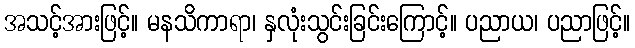
အသင့်အားဖြင့်။ မနသိကာရာ၊ နှလုံးသွင်းခြင်းကြောင့်။ ပညာယ၊ ပညာဖြင့်။